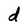
Character: d